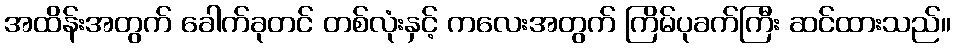
အထိန်းအတွက် ခေါက်ခုတင် တစ်လုံးနှင့် ကလေးအတွက် ကြိမ်ပုခက်ကြီး ဆင်ထားသည်။